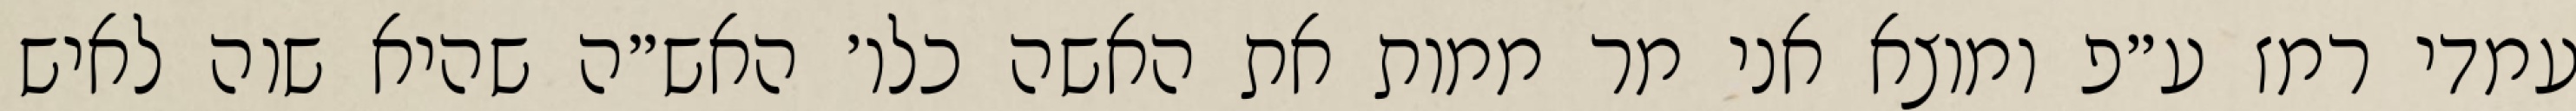
עמדי רמז ע״פ ומוצא אני מר ממות את האשה כלו׳ האש״ה שהיא שוה לאיש